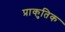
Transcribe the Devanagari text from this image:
प्राकुतिक